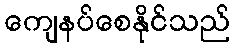
ကျေနပ်စေနိုင်သည်